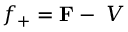
f _ { + } = { \bf F } - { \bf \nabla } V